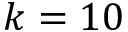
k = 1 0